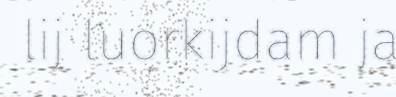
lij luorkijdam ja